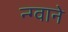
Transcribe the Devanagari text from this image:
न्ग्वाने